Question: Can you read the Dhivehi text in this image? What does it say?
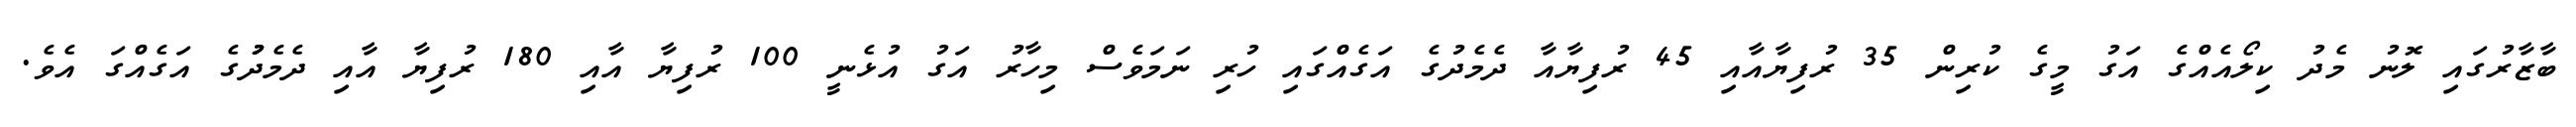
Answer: ބާޒާރުގައި ލޮނު މެދު ކިލޯއެއްގެ އަގު މީގެ ކުރިން 35 ރުފިޔާއާއި 45 ރުފިޔާއާ ދެމެދުގެ އަގެއްގައި ހުރި ނަމަވެސް މިހާރު އަގު އުޅެނީ 100 ރުފިޔާ އާއި 180 ރުފިޔާ އާއި ދެމެދުުގެ އަގެއްގަ އެވެ.